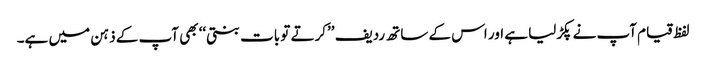
لفظ قیام آپ نے پکڑلیا ہے اور اس کے ساتھ ردیف ’’کرتے تو بات بنتی‘‘ بھی آپ کے ذہن میں ہے۔